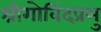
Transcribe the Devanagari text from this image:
श्रीगोविंदप्रभु